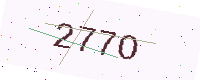
Text: 277O